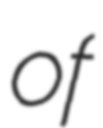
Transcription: of